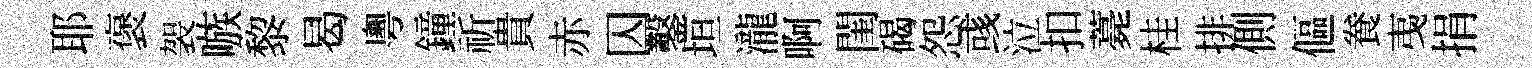
耶褒袈嗾黎曷粵鐘祈貴赤囚鑿垣瀧啊閨碣怨彧泣扣薧桂排側傴飬𢎯捐